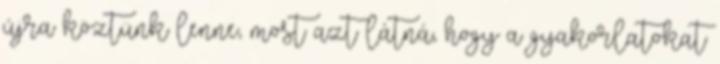
újra köztünk lenne, most azt látná, hogy a gyakorlatokat